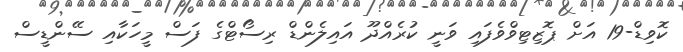
ކޮވިޑް-19 އަށް ޕޮޒިޓިވްވެފައި ވަނީ ކުރެއްދޫ އައިލެންޑް ރިސޯޓްގެ ފަސް މީހަކާއި ސޭންޑީސް